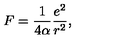
F = \frac { 1 } { 4 \alpha } \frac { e ^ { 2 } } { r ^ { 2 } } ,